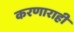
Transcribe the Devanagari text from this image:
करणाराही